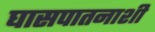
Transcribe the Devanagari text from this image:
घासपातनाशी